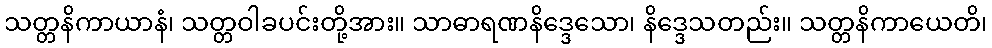
သတ္တနိကာယာနံ၊ သတ္တဝါခပင်းတို့အား။ သာဓာရဏနိဒ္ဒေသော၊ နိဒ္ဒေသတည်း။ သတ္တနိကာယေတိ၊